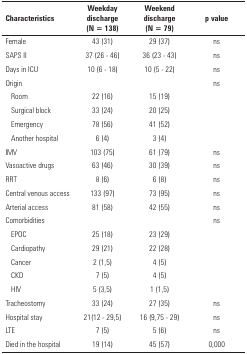
<table><thead><tr><td><b>Characteristics</b></td><td><b>Weekday discharge (N = 138)</b></td><td><b>Weekend discharge (N = 79)</b></td><td><b>p value</b></td></tr></thead><tbody><tr><td>Female</td><td>43 (31)</td><td>29 (37)</td><td>ns</td></tr><tr><td>SAPS II</td><td>37 (26 - 46)</td><td>36 (23 - 43)</td><td>ns</td></tr><tr><td>Days in ICU</td><td>10 (6 - 18)</td><td>10 (5 - 22)</td><td>ns</td></tr><tr><td>Origin</td><td> </td><td> </td><td>ns</td></tr><tr><td>Room</td><td>22 (16)</td><td>15 (19)</td><td> </td></tr><tr><td>Surgical block</td><td>33 (24)</td><td>20 (25)</td><td> </td></tr><tr><td>Emergency</td><td>78 (56)</td><td>41 (52)</td><td> </td></tr><tr><td>Another hospital</td><td>6 (4)</td><td>3 (4)</td><td> </td></tr><tr><td>IMV</td><td>103 (75)</td><td>61 (79)</td><td>ns</td></tr><tr><td>Vasoactive drugs</td><td>63 (46)</td><td>30 (39)</td><td>ns</td></tr><tr><td>RRT</td><td>8 (6)</td><td>6 (8)</td><td>ns</td></tr><tr><td>Central venous access</td><td>133 (97)</td><td>73 (95)</td><td>ns</td></tr><tr><td>Arterial access</td><td>81 (58)</td><td>42 (55)</td><td>ns</td></tr><tr><td>Comorbidities</td><td> </td><td> </td><td>ns</td></tr><tr><td>EPOC</td><td>25 (18)</td><td>23 (29)</td><td> </td></tr><tr><td>Cardiopathy</td><td>29 (21)</td><td>22 (28)</td><td> </td></tr><tr><td>Cancer</td><td>2 (1,5)</td><td>4 (5)</td><td> </td></tr><tr><td>CKD</td><td>7 (5)</td><td>4 (5)</td><td> </td></tr><tr><td>HIV</td><td>5 (3,5)</td><td>1 (1,5)</td><td> </td></tr><tr><td>Tracheostomy</td><td>33 (24)</td><td>27 (35)</td><td>ns</td></tr><tr><td>Hospital stay</td><td>21(12 - 29,5)</td><td>16 (9,75 - 29)</td><td>ns</td></tr><tr><td>LTE</td><td>7 (5)</td><td>5 (6)</td><td>ns</td></tr><tr><td>Died in the hospital</td><td>19 (14)</td><td>45 (57)</td><td>0,000</td></tr></tbody></table>